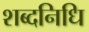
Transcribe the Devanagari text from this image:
शब्दनिधि